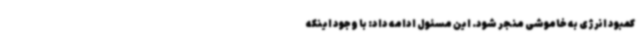
کمبود انرژی به خاموشی منجر شود. این مسئول ادامه داد: با وجود اینکه